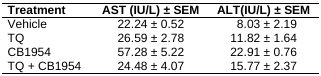
<table><thead><tr><td><b>Treatment</b></td><td><b>AST (IU/L) ± SEM</b></td><td><b>ALT(IU/L) ± SEM</b></td></tr></thead><tbody><tr><td>Vehicle</td><td>22.24 ± 0.52</td><td>8.03 ± 2.19</td></tr><tr><td>TQ</td><td>26.59 ± 2.78</td><td>11.82 ± 1.64</td></tr><tr><td>CB1954</td><td>57.28 ± 5.22</td><td>22.91 ± 0.76</td></tr><tr><td>TQ + CB1954</td><td>24.48 ± 4.07</td><td>15.77 ± 2.37</td></tr></tbody></table>